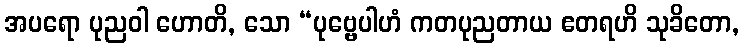
အပရော ပုညဝါ ဟောတိ, သော “ပုဗ္ဗေပါဟံ ကတပုညတာယ ဧတရဟိ သုခိတော,